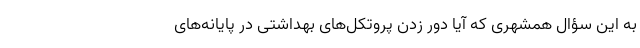
به این سؤال همشهری که آیا دور زدن پروتکل‌های بهداشتی در پایانه‌های